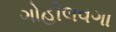
ગોહીલવગા